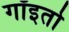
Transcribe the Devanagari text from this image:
गॉइतो